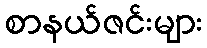
စာနယ်ဇင်းများ